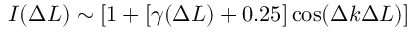
I ( \Delta L ) \sim [ 1 + [ \gamma ( \Delta L ) + 0 . 2 5 ] \cos ( \Delta k \Delta L ) ]